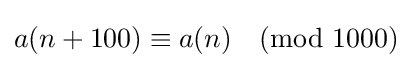
a(n+100)\equiv a(n){\pmod {1000}}